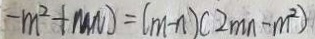
- m ^ { 2 } + M N ) = ( m - n ) ( 2 m n - m ^ { 2 } )